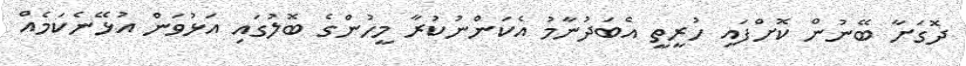
ދޮގަށާ ބޭނުން ކޮށްފައި ހުރީތީ އެބަދުނާމު އެކަންނުކުރާ މީހުންގެ ބޮލުގައި އަޅުވަން އުޅޭނެކަމެއް